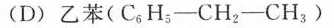
(D)乙苯(C_{6}H_{5}-CH_{2}-CH_{3})